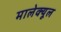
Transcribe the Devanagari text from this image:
मालेक्यूल